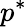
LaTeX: p^{\ast}